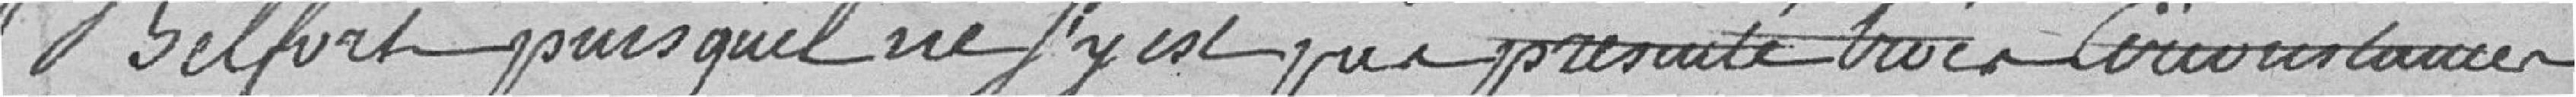
Belfort puisqu'il ne s'y est que présenté trois circonstances